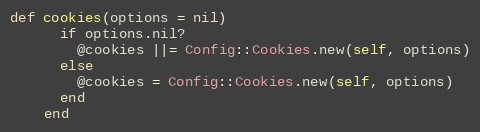
Language: Ruby
def cookies(options = nil)
      if options.nil?
        @cookies ||= Config::Cookies.new(self, options)
      else
        @cookies = Config::Cookies.new(self, options)
      end
    end